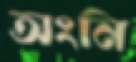
অংনি